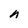
Character: n